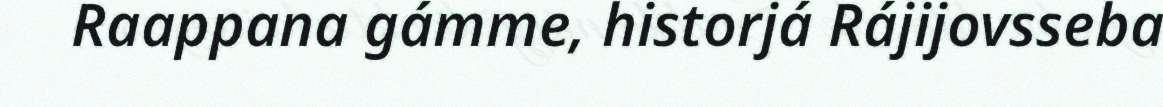
Raappana gámme, historjá Rájijovsseba